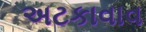
અટકાવાવ